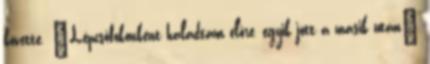
követte. „Lépcsőfokonként haladtam előre, egyik jött a másik után”